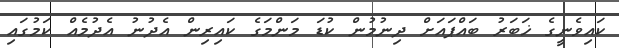
ކައިވެނީގެ ޚަބަރު ބައްޕައަށް ދިނުމުން ކުޑަ މަންމަގެ ކައިރިން އެދުނު އެދުމެއް ކަމުގައި